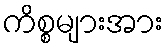
ကိစ္စများအား